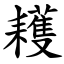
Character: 耯